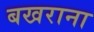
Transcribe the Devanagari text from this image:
बखराना